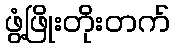
ဖွံ့ဖြိုးတိုးတက်